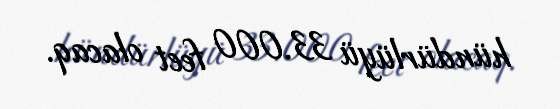
hündürlüyü 33.000 feet olacaq.